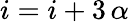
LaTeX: i=i+3\, \alpha